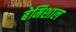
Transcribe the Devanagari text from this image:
बेमिशाल